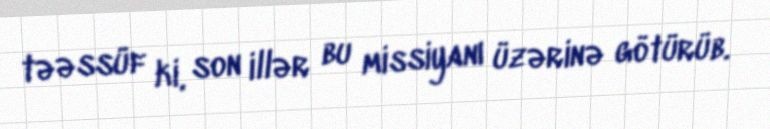
təəssüf ki, son illər bu missiyanı üzərinə götürüb.